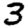
Digit: 3